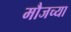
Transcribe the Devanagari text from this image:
मौजच्या